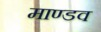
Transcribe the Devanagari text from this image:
माण्डव